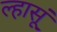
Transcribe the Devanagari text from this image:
ल्हासूं